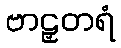
ဗာဠှတရံ